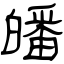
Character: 皤